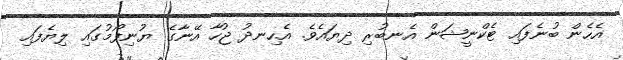
އެހެން ބުނެފައި ޓެކްނީޝަން އެނބުރި ދިޔައެވެ. އެހިނދު ޖުހާ އޭނާގެ ޔުނިފޯމުގައި ލިޔެފައި